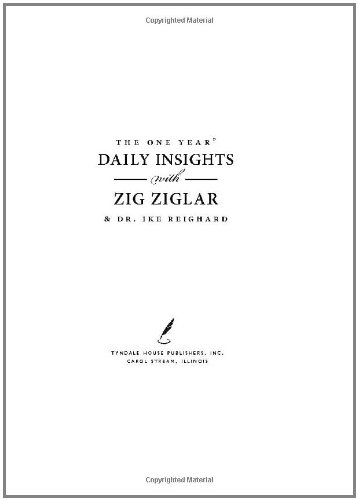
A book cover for The One Year Daily Insights with Zig Ziglar (One Year Signature Line); Zig Ziglar; Christian Books & Bibles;